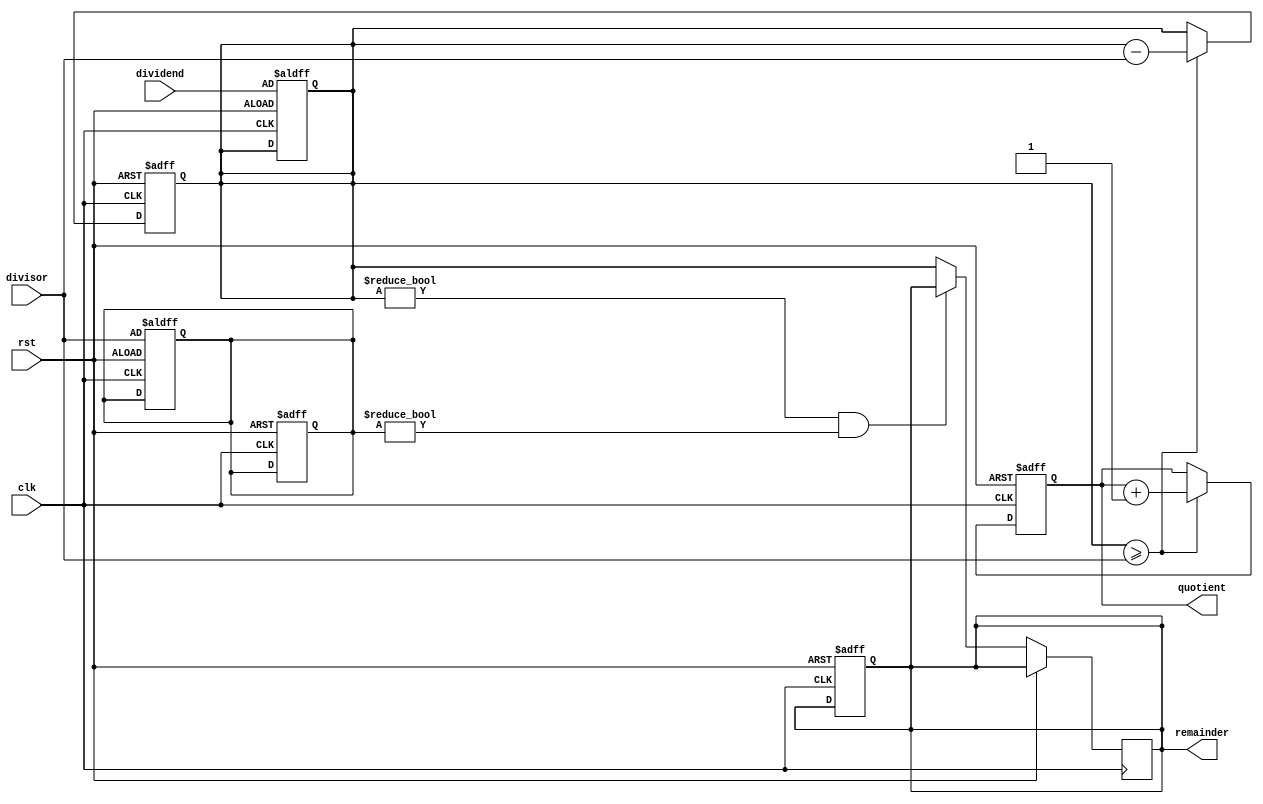
module divider (
    input wire clk,
    input wire rst,
    input wire [31:0] dividend,
    input wire [31:0] divisor,
    output reg [31:0] quotient,
    output reg [31:0] remainder
);

reg [31:0] numerator;
reg [31:0] temp_divisor;

always @(posedge clk or posedge rst) begin
    if (rst) begin
        quotient <= 0;
        remainder <= 0;
        numerator <= 0;
        temp_divisor <= 0;
    end else begin
        if (numerator >= divisor) begin
            numerator <= numerator - divisor;
            quotient <= quotient + 1;
        end else begin
            numerator <= numerator;
            quotient <= quotient;
        end
    end
end

always @(posedge clk or posedge rst) begin
    if (rst) begin
        // Reset division operation
        numerator <= dividend;
        temp_divisor <= divisor;
    end else begin
        if (numerator != 0 && temp_divisor != 0) begin
            // Perform division operation
            numerator <= numerator;
            temp_divisor <= temp_divisor;
        end else begin
            // Calculate remainder
            remainder <= numerator;
        end
    end
end

endmodule